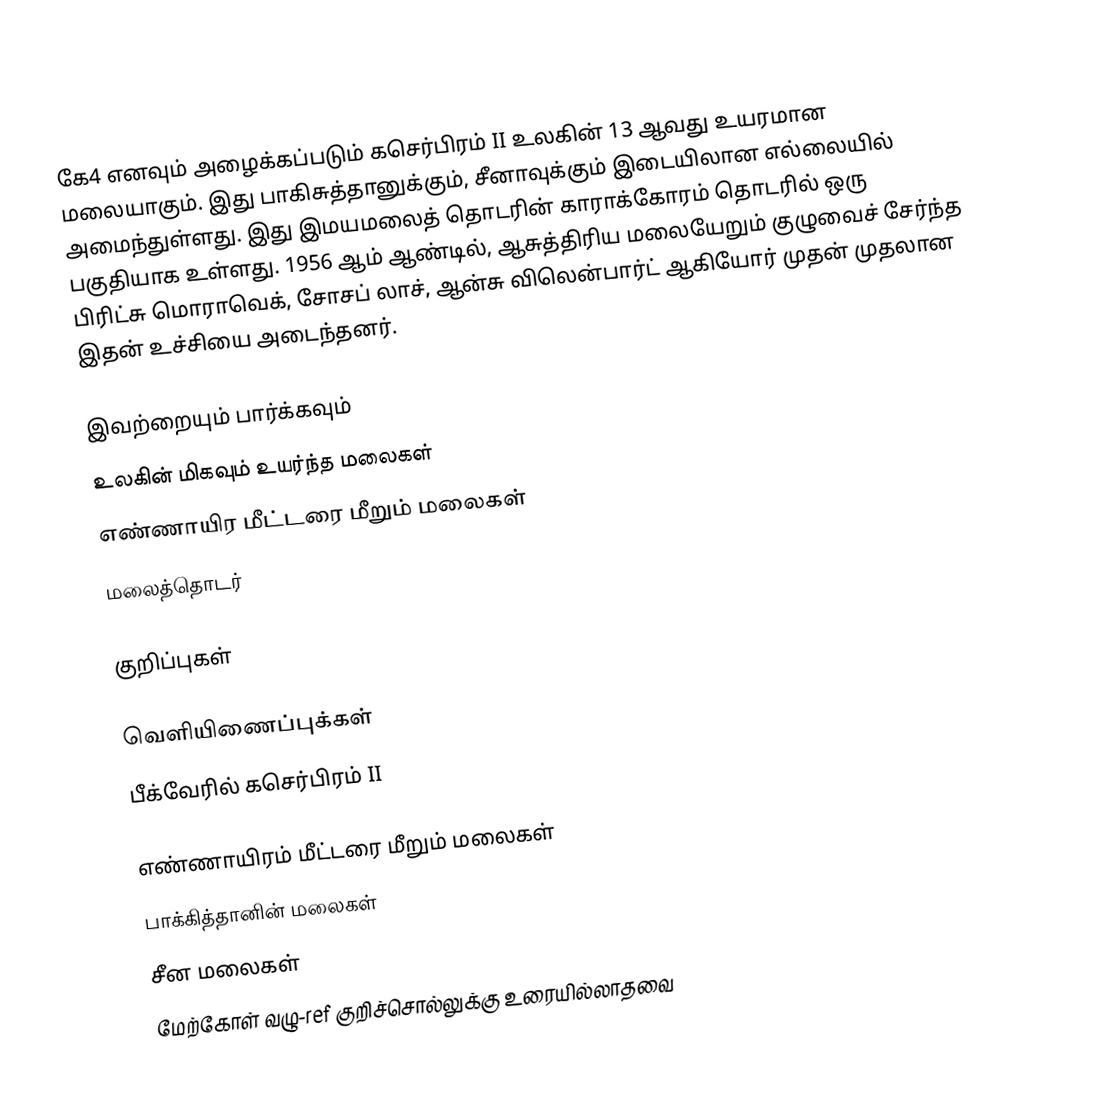
கே4 எனவும் அழைக்கப்படும் கசெர்பிரம் II உலகின் 13 ஆவது உயரமான மலையாகும். இது பாகிசுத்தானுக்கும், சீனாவுக்கும் இடையிலான எல்லையில் அமைந்துள்ளது. இது இமயமலைத் தொடரின் காராக்கோரம் தொடரில் ஒரு பகுதியாக உள்ளது. 1956 ஆம் ஆண்டில், ஆசுத்திரிய மலையேறும் குழுவைச் சேர்ந்த பிரிட்சு மொராவெக், சோசப் லாச், ஆன்சு விலென்பார்ட் ஆகியோர் முதன் முதலான இதன் உச்சியை அடைந்தனர்.

இவற்றையும் பார்க்கவும்
 உலகின் மிகவும் உயர்ந்த மலைகள்
 எண்ணாயிர மீட்டரை மீறும் மலைகள்
 மலைத்தொடர்

குறிப்புகள்

வெளியிணைப்புக்கள்
 பீக்வேரில் கசெர்பிரம் II

எண்ணாயிரம் மீட்டரை மீறும் மலைகள்
பாக்கித்தானின் மலைகள்
சீன மலைகள்
மேற்கோள் வழு-ref குறிச்சொல்லுக்கு உரையில்லாதவை